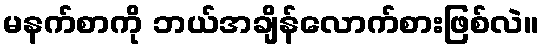
မနက်စာကို ဘယ်အချိန်လောက်စားဖြစ်လဲ။